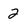
Character: 2